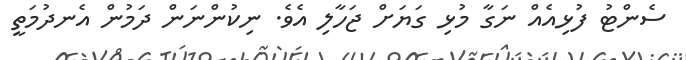
ސެންޓު ފުޅިއެއް ނަގާ މުޅި ގަޔަށް ޖަހާލި އެވެ. ނިކުންނަން ދަމުން އެނދުމަތީ